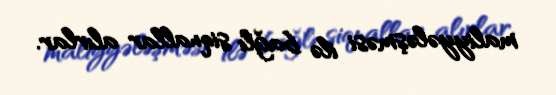
maliyyələşməsi ilə bağlı siqnallar alırlar.